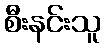
စီးနင်းသူ